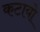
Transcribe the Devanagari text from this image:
कटायो